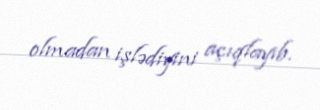
olmadan işlədiyini açıqlayıb.